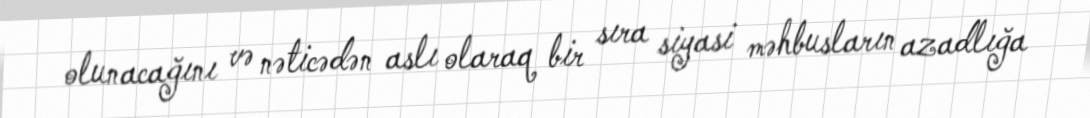
olunacağını və nəticədən aslı olaraq bir sıra siyasi məhbusların azadlığa